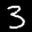
Label: 3